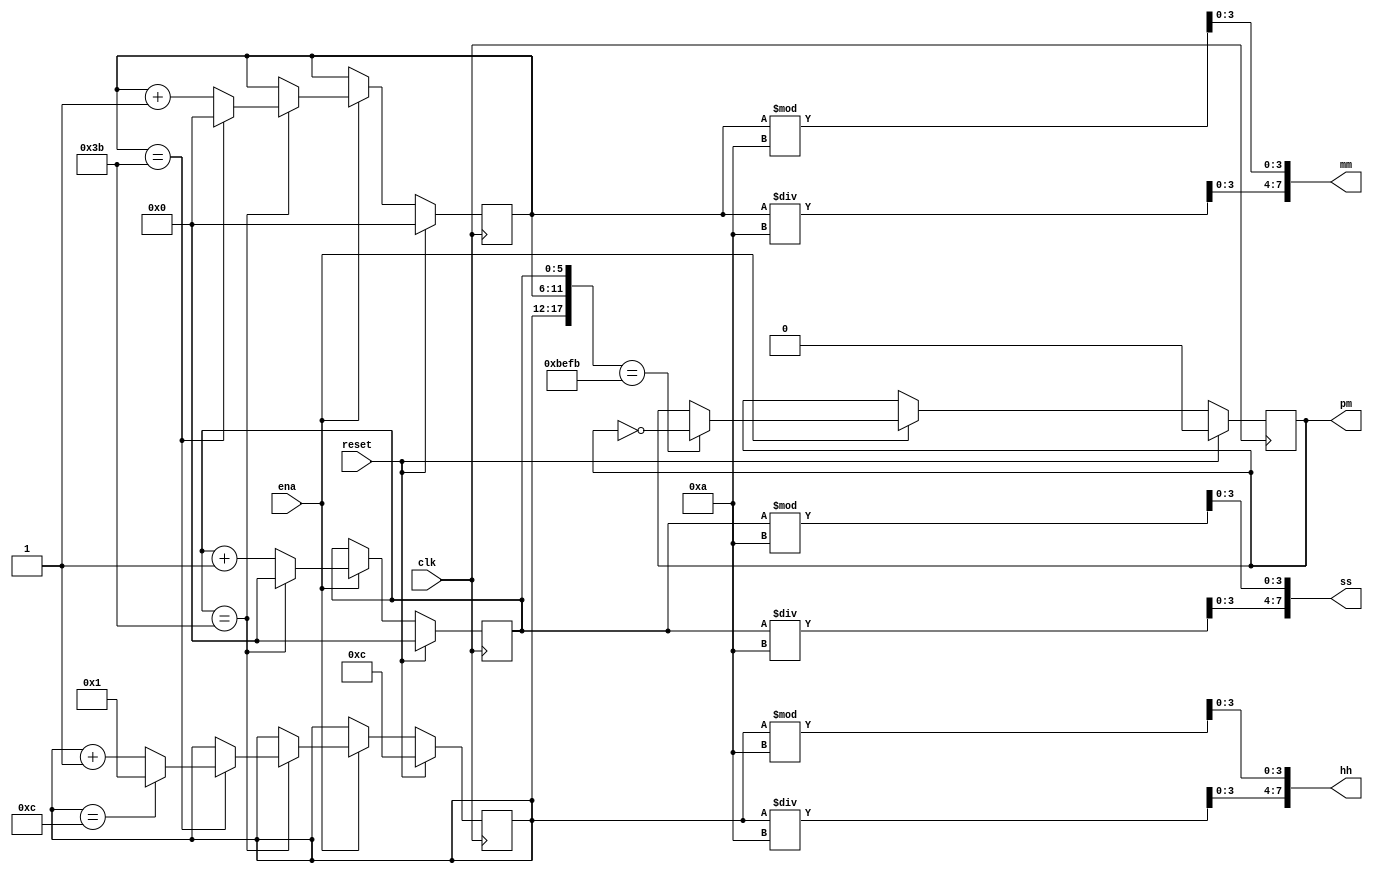
module top_module(
    input  wire       clk,
    input  wire       reset,  // sync, active-high, most high priority
    input  wire       ena,         
    output reg        pm,    // 1'b0: AM, 1'b1: PM
    output wire [7:0] hh,    // 01 - 12 hours
    output wire [7:0] mm,    // 00 - 59 minutes
    output wire [7:0] ss     // 00 - 59 seconds
    );

    reg [5:0] sec, min, hour;
	
    always @(posedge clk)
    begin
        if (reset)
        begin
            hour <= 6'd12;
            min <= 6'd0;
            sec <= 6'd0;
        end
        else if (ena) 
        begin
            if (sec == 6'd59) 
                if (min == 6'd59)
                    if (hour == 6'd12)
                    begin
                        sec <= 6'd0;
                        min <= 6'd0;
                        hour <= 6'd1;
                    end
                    else
                    begin
                        sec <= 6'd0;
                        min <= 6'd0;
                        hour <= hour + 1'b1;
                    end    
                else
                begin
                    sec <= 6'd0;
                    min <= min + 1'b1;
                end
            else sec <= sec + 1'b1;
        end
    end

    always @(posedge clk)
    begin
        if (reset)
            pm <= 1'b0;
        else if (ena)
            if ({hour, min, sec} == {6'd11, 6'd59, 6'd59}) pm <= ~pm;
            else                                           pm <= pm;
        else 
            pm <= pm;
    end
    
    assign ss[7:4] = sec / 6'd10;
    assign ss[3:0] = sec % 6'd10;

    assign mm[7:4] = min / 6'd10;
    assign mm[3:0] = min % 6'd10;

    assign hh[7:4] = hour / 6'd10;
    assign hh[3:0] = hour % 6'd10;

endmodule